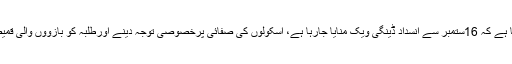
ڈی سی لاہور صالحہ سعیدکا کہنا ہے کہ 16ستمبر سے انسداد ڈینگی ویک منایا جارہا ہے، اسکولوں کی صفائی پرخصوصی توجہ دینے اورطلبہ کو بازووں والی قمیض پہننے کی ہدایت کی گئی ہے۔